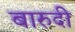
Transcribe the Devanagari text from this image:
बारुदी